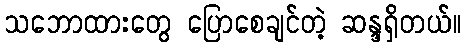
သဘောထားတွေ ပြောစေချင်တဲ့ ဆန္ဒရှိတယ်။